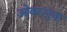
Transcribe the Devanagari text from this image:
ओवरलुक